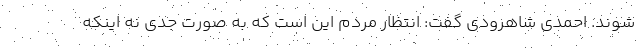
شوند. احمدی شاهرودی گفت: انتظار مردم این است که به صورت جدی نه اینکه